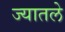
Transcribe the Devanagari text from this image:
ज्यातले